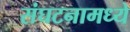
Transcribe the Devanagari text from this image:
संघटनामध्ये